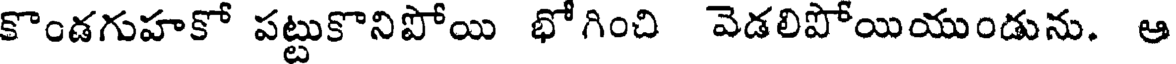
కొండగుహకో పట్టుకొనిపోయి భోగించి వెడలిపోయియుండును. ఆ